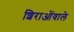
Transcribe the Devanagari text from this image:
शिराओंवाले